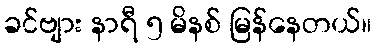
ခင်ဗျား နာရီ ၅ မိနစ် မြန်နေတယ်။